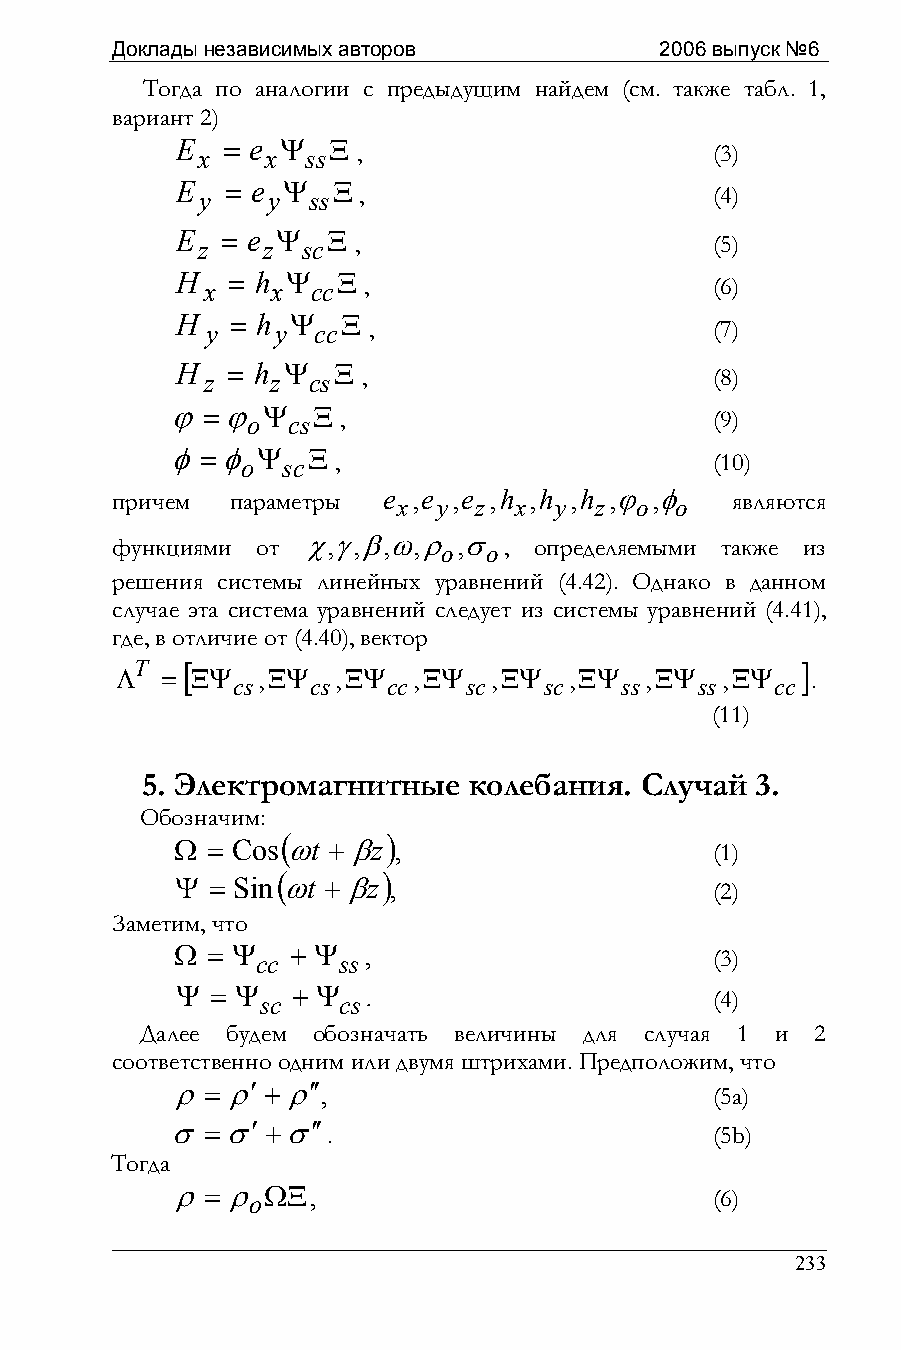
Доклады независимых авторов          2006 выпуск №6
 Тогда по аналогии с предыдущим найдем (см. также табл. 1,
 вариант 2)
 E  = e Ψ  Ξ
 x    x ss  ,                      (3)
 E  = e Ψ  Ξ
 y    y ss  ,                      (4)
 E  = e Ψ  Ξ
 z   z  sc ,                       (5)
 H  = h Ψ  Ξ
 x   x  cc ,                      (6)
 H  = h Ψ   Ξ
 y   y  cc ,                      (7)
 H  = h Ψ  Ξ
 z   z cs  ,                      (8)
 ϕ=ϕ   Ψ   Ξ
 o  cs ,                        (9)
 φ=φ   Ψ  Ξ
 o  sc ,                        (10)
 причем  параметры e x,e y,e z,h x,h y,h z,ϕ o,φ o являются
 функциями от χ,γ,β,ω,ρ o,σ o, определяемыми также из
 решения системы линейных уравнений (4.42). Однако в данном
 случае эта система уравнений следует из системы уравнений (4.41),
 где, в отличие от (4.40), вектор
 T  [                                        ]
 Λ  = ΞΨ  ,ΞΨ  ,ΞΨ  ,ΞΨ  ,ΞΨ   ,ΞΨ  ,ΞΨ  ,ΞΨ   .
 cs   cs    cc   sc   sc   ss   ss   cc
 (11)
 5. Электромагнитные   колебания. Случай  3.
 Обозначим:
 (      )
 Ω = Cos ωt +βz ,                   (1)
 (      )
 Ψ = Sin ωt +βz ,                   (2)
 Заметим, что
 Ω = Ψ cc + Ψ ss,                   (3)
 Ψ = Ψ sc + Ψ cs.                   (4)
 Далее будем обозначать величины для случая 1 и 2
 соответственно одним или двумя штрихами. Предположим, что
 ρ=  ρ′+ ρ′′,                        (5a)
 σ=σ′+σ′′
 .                        (5b)
 Тогда
 ρ=  ρ oΩΞ,                          (6)
 233